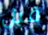
قبل